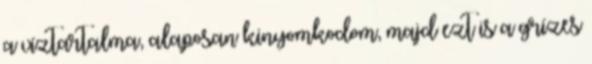
a víztartalma, alaposan kinyomkodom, majd ezt is a grízes